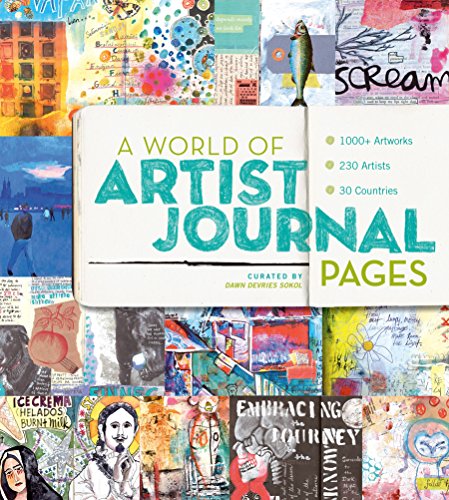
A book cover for A World of Artist Journal Pages: 1000+ Artworks - 230 Artists - 30 Countries; Dawn DeVries Sokol; Crafts, Hobbies & Home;